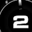
Digit: 2